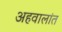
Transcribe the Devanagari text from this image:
अहवालांत